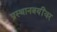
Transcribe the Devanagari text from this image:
प्रस्थानत्रयींवर